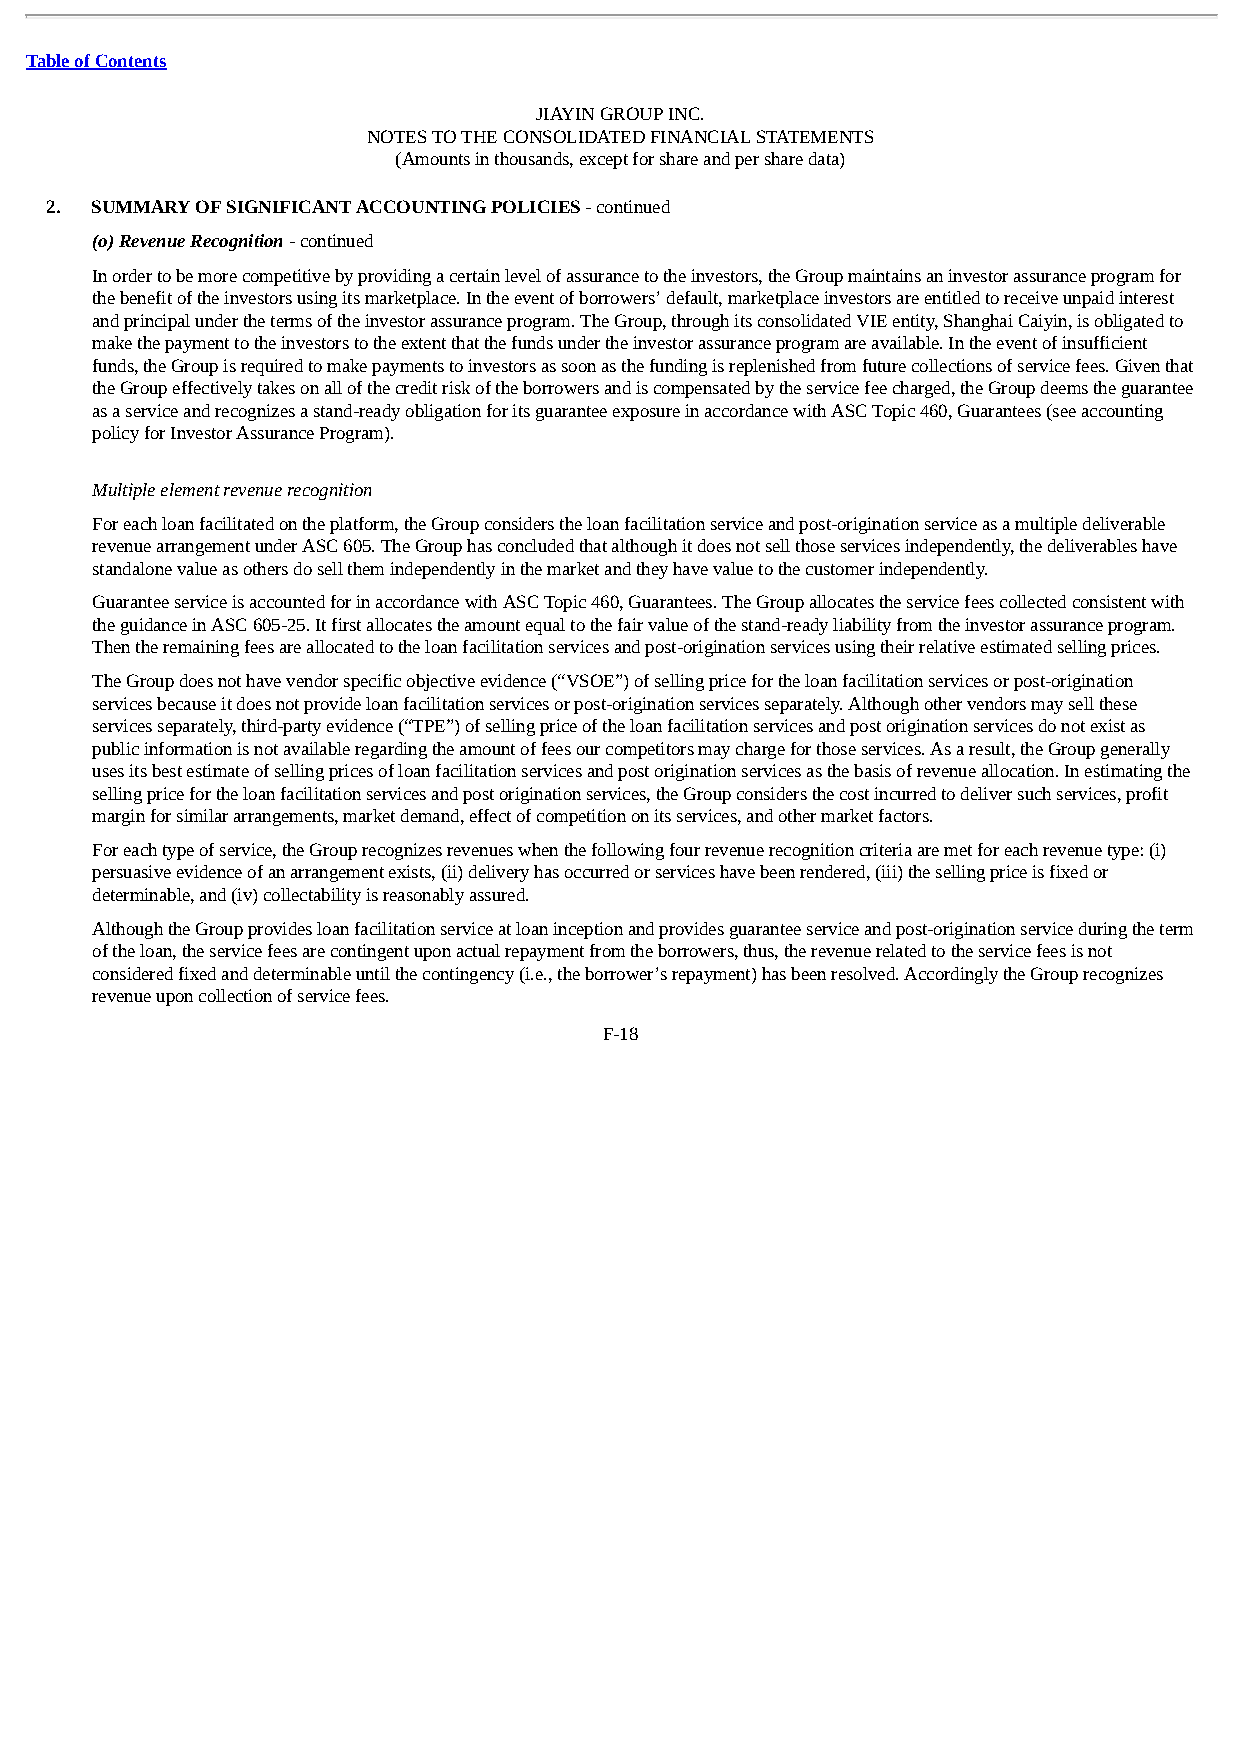
Table of Contents
 JIAYIN GROUP INC.
 NOTES TO THE CONSOLIDATED FINANCIAL STATEMENTS
 (Amounts in thousands, except for share and per share data)
 2. SUMMARY OF SIGNIFICANT ACCOUNTING POLICIES - continued
 (o) Revenue Recognition - continued
 In order to be more competitive by providing a certain level of assurance to the investors, the Group maintains an investor assurance program for
 the benefit of the investors using its marketplace. In the event of borrowers’ default, marketplace investors are entitled to receive unpaid interest
 and principal under the terms of the investor assurance program. The Group, through its consolidated VIE entity, Shanghai Caiyin, is obligated to
 make the payment to the investors to the extent that the funds under the investor assurance program are available. In the event of insufficient
 funds, the Group is required to make payments to investors as soon as the funding is replenished from future collections of service fees. Given that
 the Group effectively takes on all of the credit risk of the borrowers and is compensated by the service fee charged, the Group deems the guarantee
 as a service and recognizes a stand-ready obligation for its guarantee exposure in accordance with ASC Topic 460, Guarantees (see accounting
 policy for Investor Assurance Program).
 Multiple element revenue recognition
 For each loan facilitated on the platform, the Group considers the loan facilitation service and post-origination service as a multiple deliverable
 revenue arrangement under ASC 605. The Group has concluded that although it does not sell those services independently, the deliverables have
 standalone value as others do sell them independently in the market and they have value to the customer independently.
 Guarantee service is accounted for in accordance with ASC Topic 460, Guarantees. The Group allocates the service fees collected consistent with
 the guidance in ASC 605-25. It first allocates the amount equal to the fair value of the stand-ready liability from the investor assurance program.
 Then the remaining fees are allocated to the loan facilitation services and post-origination services using their relative estimated selling prices.
 The Group does not have vendor specific objective evidence (“VSOE”) of selling price for the loan facilitation services or post-origination
 services because it does not provide loan facilitation services or post-origination services separately. Although other vendors may sell these
 services separately, third-party evidence (“TPE”) of selling price of the loan facilitation services and post origination services do not exist as
 public information is not available regarding the amount of fees our competitors may charge for those services. As a result, the Group generally
 uses its best estimate of selling prices of loan facilitation services and post origination services as the basis of revenue allocation. In estimating the
 selling price for the loan facilitation services and post origination services, the Group considers the cost incurred to deliver such services, profit
 margin for similar arrangements, market demand, effect of competition on its services, and other market factors.
 For each type of service, the Group recognizes revenues when the following four revenue recognition criteria are met for each revenue type: (i)
 persuasive evidence of an arrangement exists, (ii) delivery has occurred or services have been rendered, (iii) the selling price is fixed or
 determinable, and (iv) collectability is reasonably assured.
 Although the Group provides loan facilitation service at loan inception and provides guarantee service and post-origination service during the term
 of the loan, the service fees are contingent upon actual repayment from the borrowers, thus, the revenue related to the service fees is not
 considered fixed and determinable until the contingency (i.e., the borrower’s repayment) has been resolved. Accordingly the Group recognizes
 revenue upon collection of service fees.
 F-18